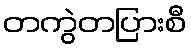
တကွဲတပြားစီ